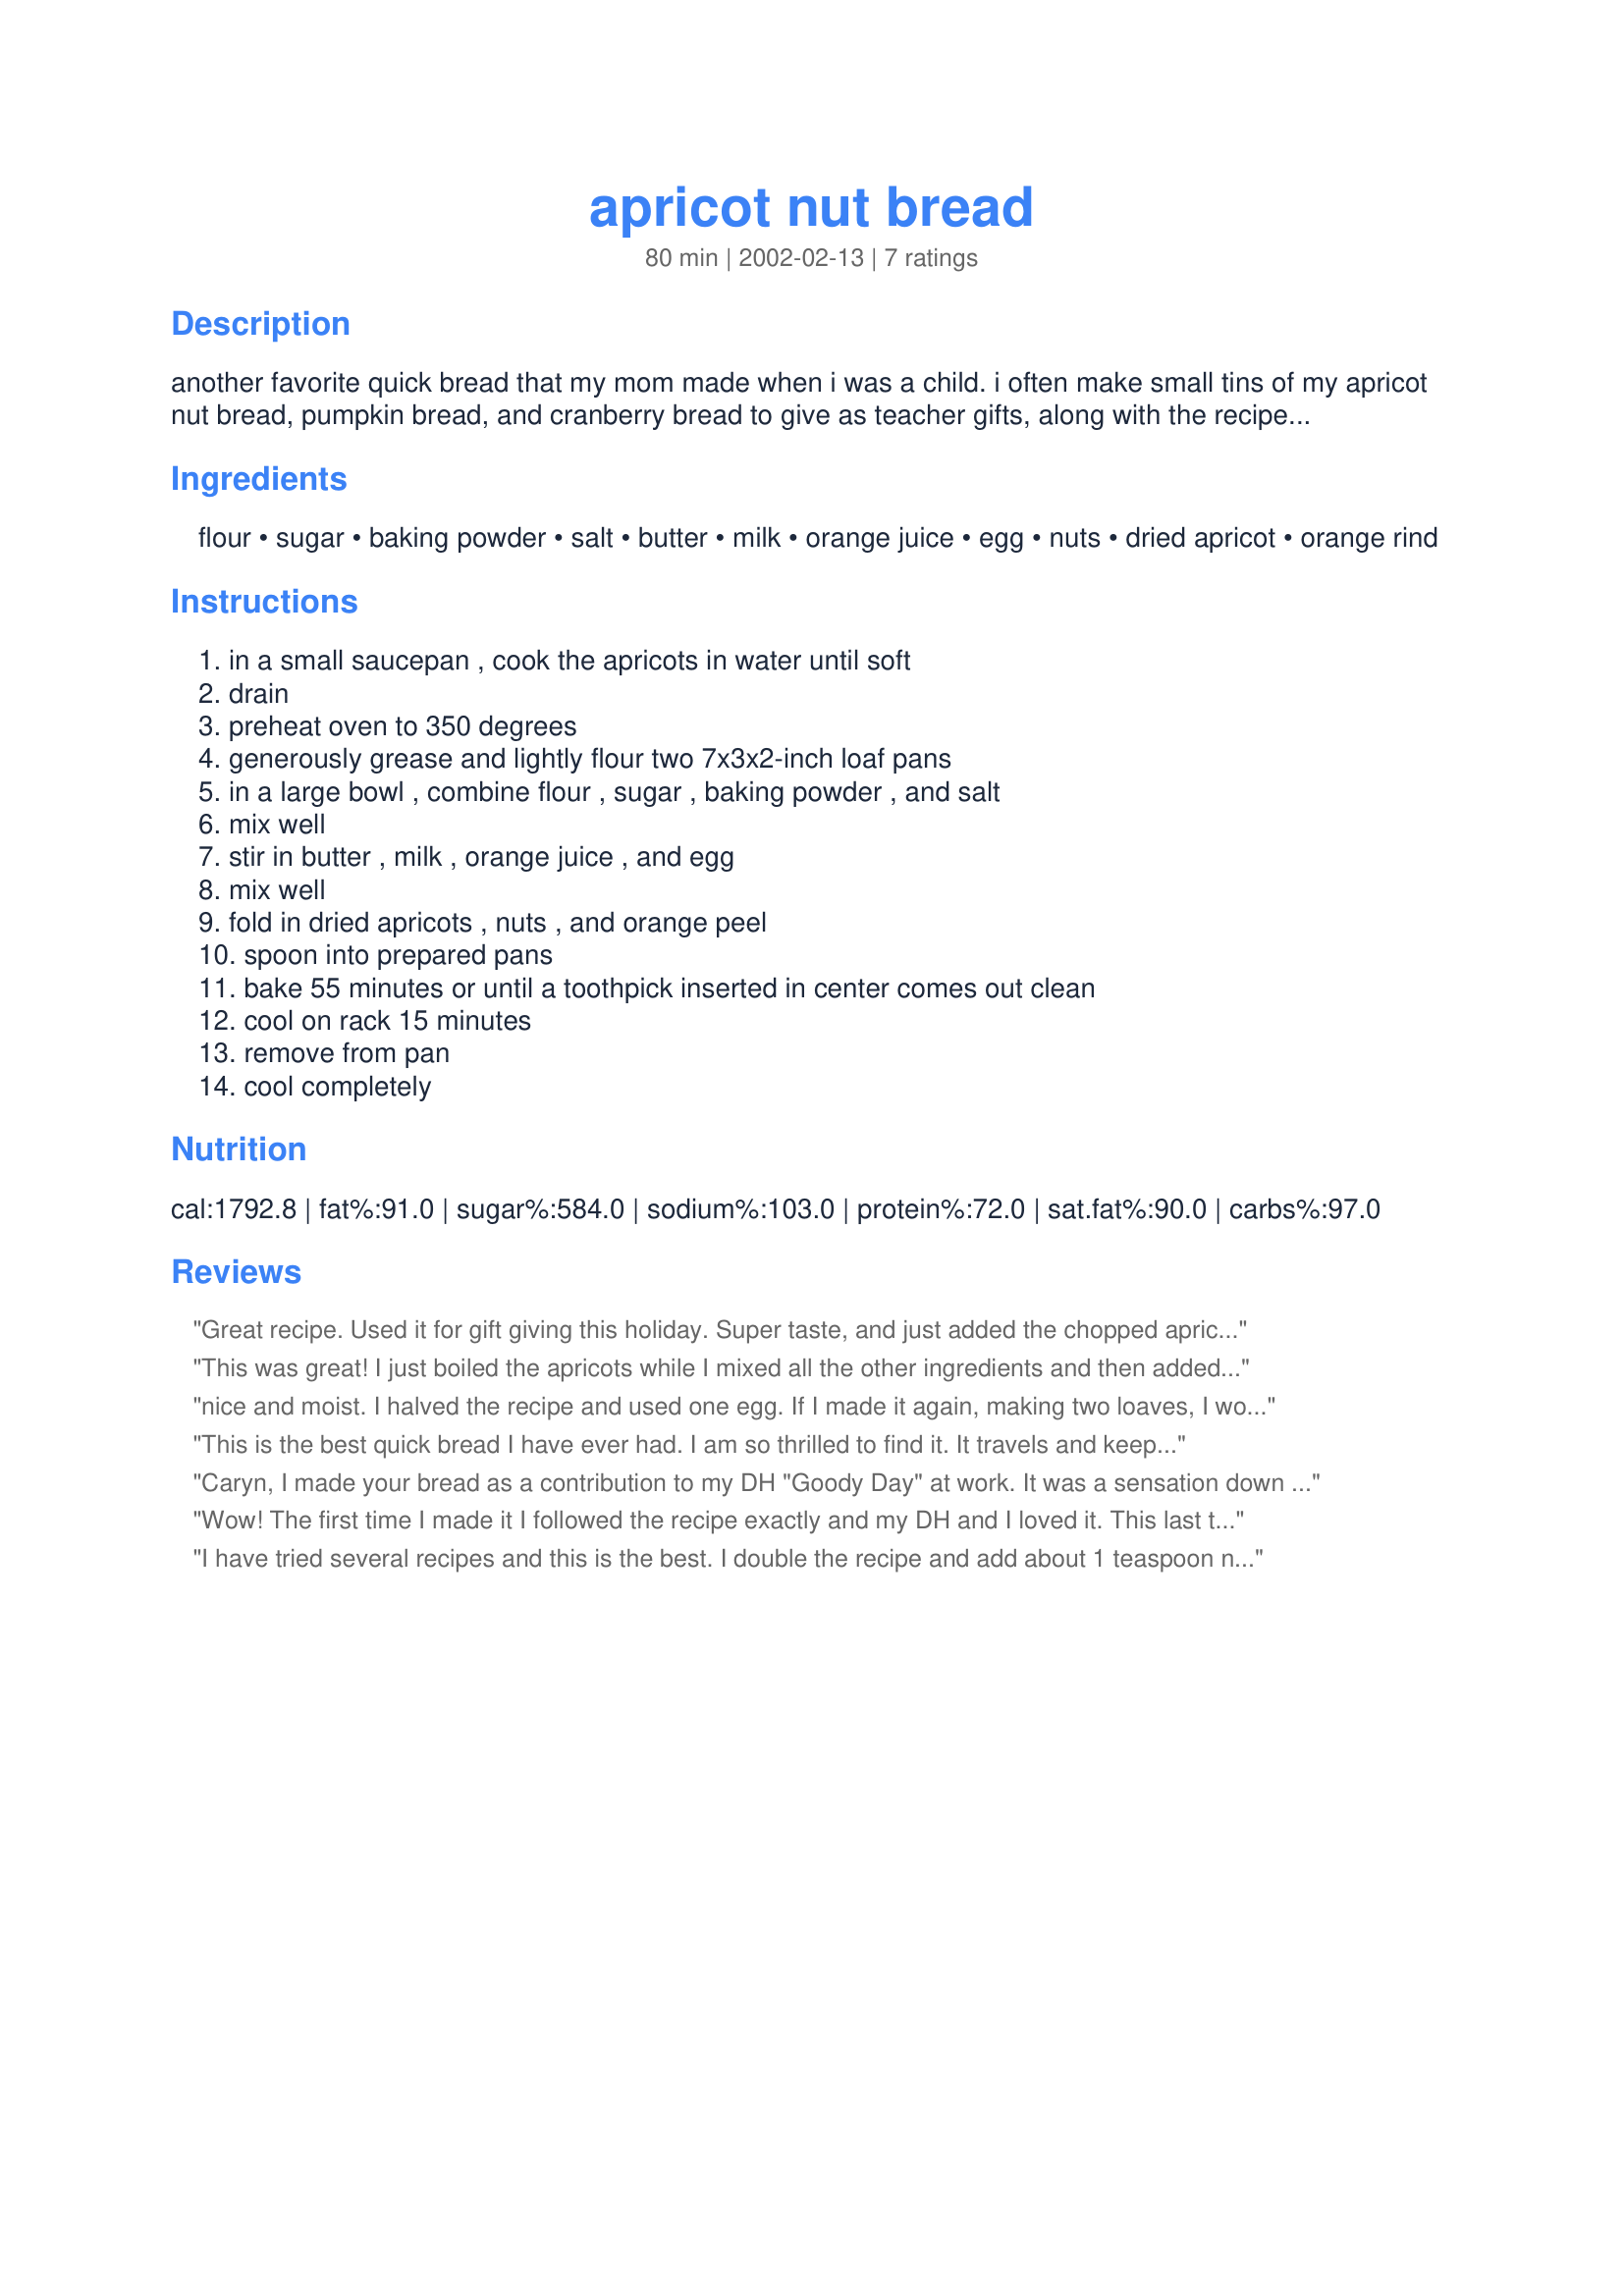
apricot nut bread
Preparation time: 80 minutes

another favorite quick bread that my mom made when i was a child. i often make small tins of my apricot nut bread, pumpkin bread, and cranberry bread to give as teacher gifts, along with the recipe for each, during the holidays.

Ingredients:
flour, sugar, baking powder, salt, butter, milk, orange juice, egg, nuts, dried apricot, orange rind

Steps:
in a small saucepan , cook the apricots in water until soft, drain, preheat oven to 350 degrees, generously grease and lightly flour two 7x3x2-inch loaf pans, in a large bowl , combine flour , sugar , baking powder , and salt, mix well, stir in butter , milk , orange juice , and egg, mix well, fold in dried apricots , nuts , and orange peel, spoon into prepared pans, bake 55 minutes or until a toothpick inserted in center comes out clean, cool on rack 15 minutes, remove from pan, cool completely

Reviews:
Great recipe. Used it for gift giving this holiday. Super taste, and just added the chopped apricots without cooking. This a keeper
This was great! I just boiled the apricots while I mixed all the other ingredients and then added the hot apricots straight into the mixing bowl and it worked out, so i'm pretty pleased with that. I was out of eggs, so I substituted with 2 tablespoons applesauce because I was afraid it would be too dry. Other than that I followed the recipe down to a T, and next time the only thing I might change would be to add more apricots. Thanks Caryn, I love your quick breads!
nice and moist. I halved the recipe and used one egg. If I made it again, making two loaves, I would add two eggs instead of one. Also added some dried cranberries and probably more orange peel than called for since didn't really measure it. delicious!
This is the best quick bread I have ever had. I am so thrilled to find it. It travels and keeps well.
Caryn, I made your bread as a contribution to my DH "Goody Day" at work. It was a sensation down to the last crumb. All I got back was a very clean pan. It's a keeper! Thanks!
Wow! The first time I made it I followed the recipe exactly and my DH and I loved it. This last time, I used one can of apricot halves, chopped; and one can of mandarine orange slices, just 'cause I had them. I made these into muffins, and they are spectacular! We eat them with cream cheese. Yum!
I have tried several recipes and this is the best. I double the recipe and add about 1 teaspoon nutmeg to the flour, I use 3 eggs, and add some vanilla. Just make sure to wrap it up tight after its cooled so it stays moist... Time saving tip I will share is just to chop the apricots, place them in a glass measuring cup-add water, cover with Saran wrap, heat in microwave and then leave them covered until ready to use... Enjoy!! This recipe is a hit both at work and home!!
